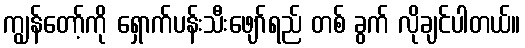
ကျွန်တော့်ကို ရှောက်ပန်းသီးဖျော်ရည် တစ် ခွက် လိုချင်ပါတယ်။